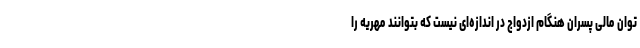
توان مالی پسران هنگام ازدواج در اندازه‌ای نیست که بتوانند مهریه را